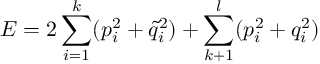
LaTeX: E = 2 \sum _ { i = 1 } ^ { k } ( p _ { i } ^ { 2 } + \tilde { q } _ { i } ^ { 2 } ) + \sum _ { k + 1 } ^ { l } ( p _ { i } ^ { 2 } + q _ { i } ^ { 2 } )